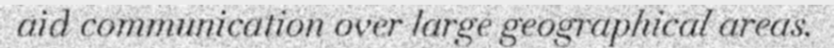
aid communication over large geographical areas.